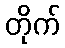
တိုက်